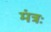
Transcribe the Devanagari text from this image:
मंत्रः